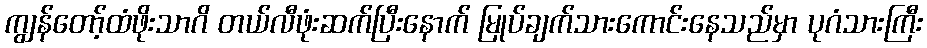
ကျွန်တော့်ထံဖိုးသာဂိ တယ်လီဖုံးဆက်ပြီးနောက် မြုပ်ချက်သားကောင်းနေသည်မှာ ပုဂံသားကြီး